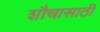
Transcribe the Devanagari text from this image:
शौचासाठी